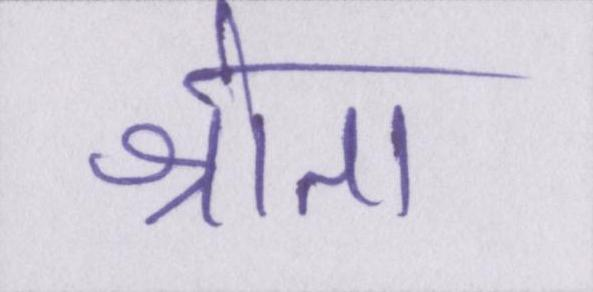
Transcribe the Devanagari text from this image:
श्रोता